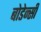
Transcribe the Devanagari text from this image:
बोडेन्सी